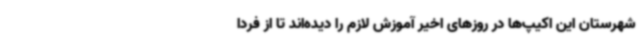
شهرستان این اکیپ‌ها در روزهای اخیر آموزش لازم را دیده‌اند تا از فردا